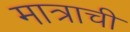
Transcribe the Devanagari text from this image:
मात्राची